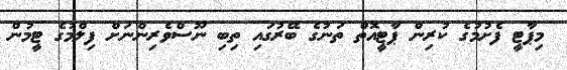
މިޕާޓީ ފެށުމުގެ ކުރިން ޕާޓީއޮތް ތަނުގެ ބޭރުގައި ތިބި ނޫސްވެރިންނަށް ފިލްމުގެ ޓީމުން